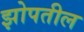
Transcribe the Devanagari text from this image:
झोपतील